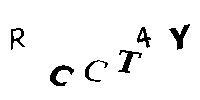
RCCT4Y